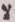
لا